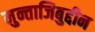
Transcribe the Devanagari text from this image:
मुन्ताजिबुद्दीन